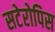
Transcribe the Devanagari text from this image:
सटेरोपिस